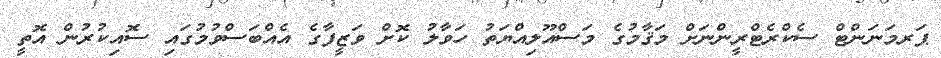
ޕަރމަނަންޓް ސެކްރެޓްރީންނަށް މަޤާމުގެ މަސްއޫލިއްޔަތު ހަވާލު ކޮށް ވަޒީފާގެ އެއްބަސްވުމުގައި ސޮއިކުރުން އޮތީ